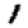
Digit: 1